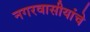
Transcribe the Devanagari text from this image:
नगरवासीयांचे